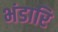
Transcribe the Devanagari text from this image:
भंडारि